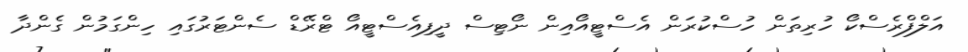
އަލްފްރެސްކޯ ހުރިތަން ހުސްކުރަން އެސްޓީއޯއިން ނޯޓިސް ދީފިއެސްޓީއޯ ޓްރޭޑް ސެންޓަރުގައި ހިންގަމުން ގެންދާ